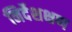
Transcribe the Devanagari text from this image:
निर्देशक्षण